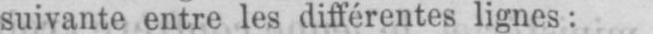
suivante entre les différentes lignes: